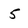
Character: 5